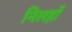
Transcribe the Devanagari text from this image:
निलहों